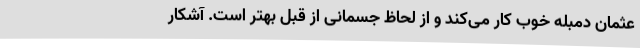
عثمان دمبله خوب کار می‌کند و از لحاظ جسمانی از قبل بهتر است. آشکار